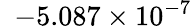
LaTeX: \phantom{0}{-5.087}\times 10^{-7}